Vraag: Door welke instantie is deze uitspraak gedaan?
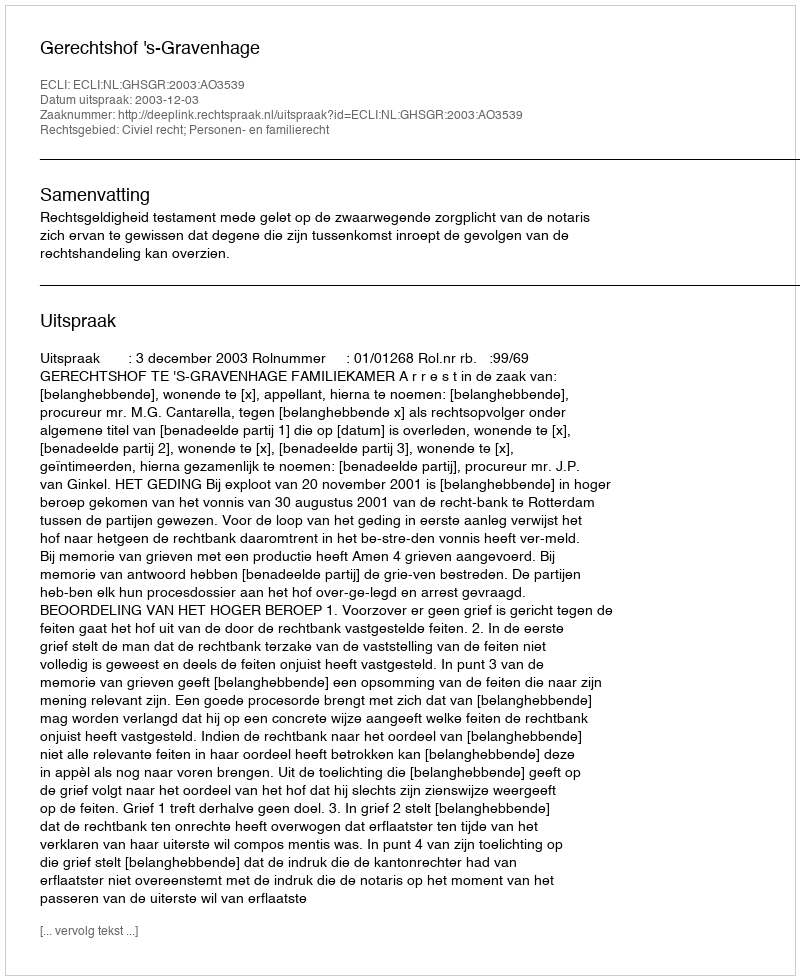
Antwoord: Gerechtshof 's-Gravenhage